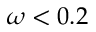
\omega < 0 . 2